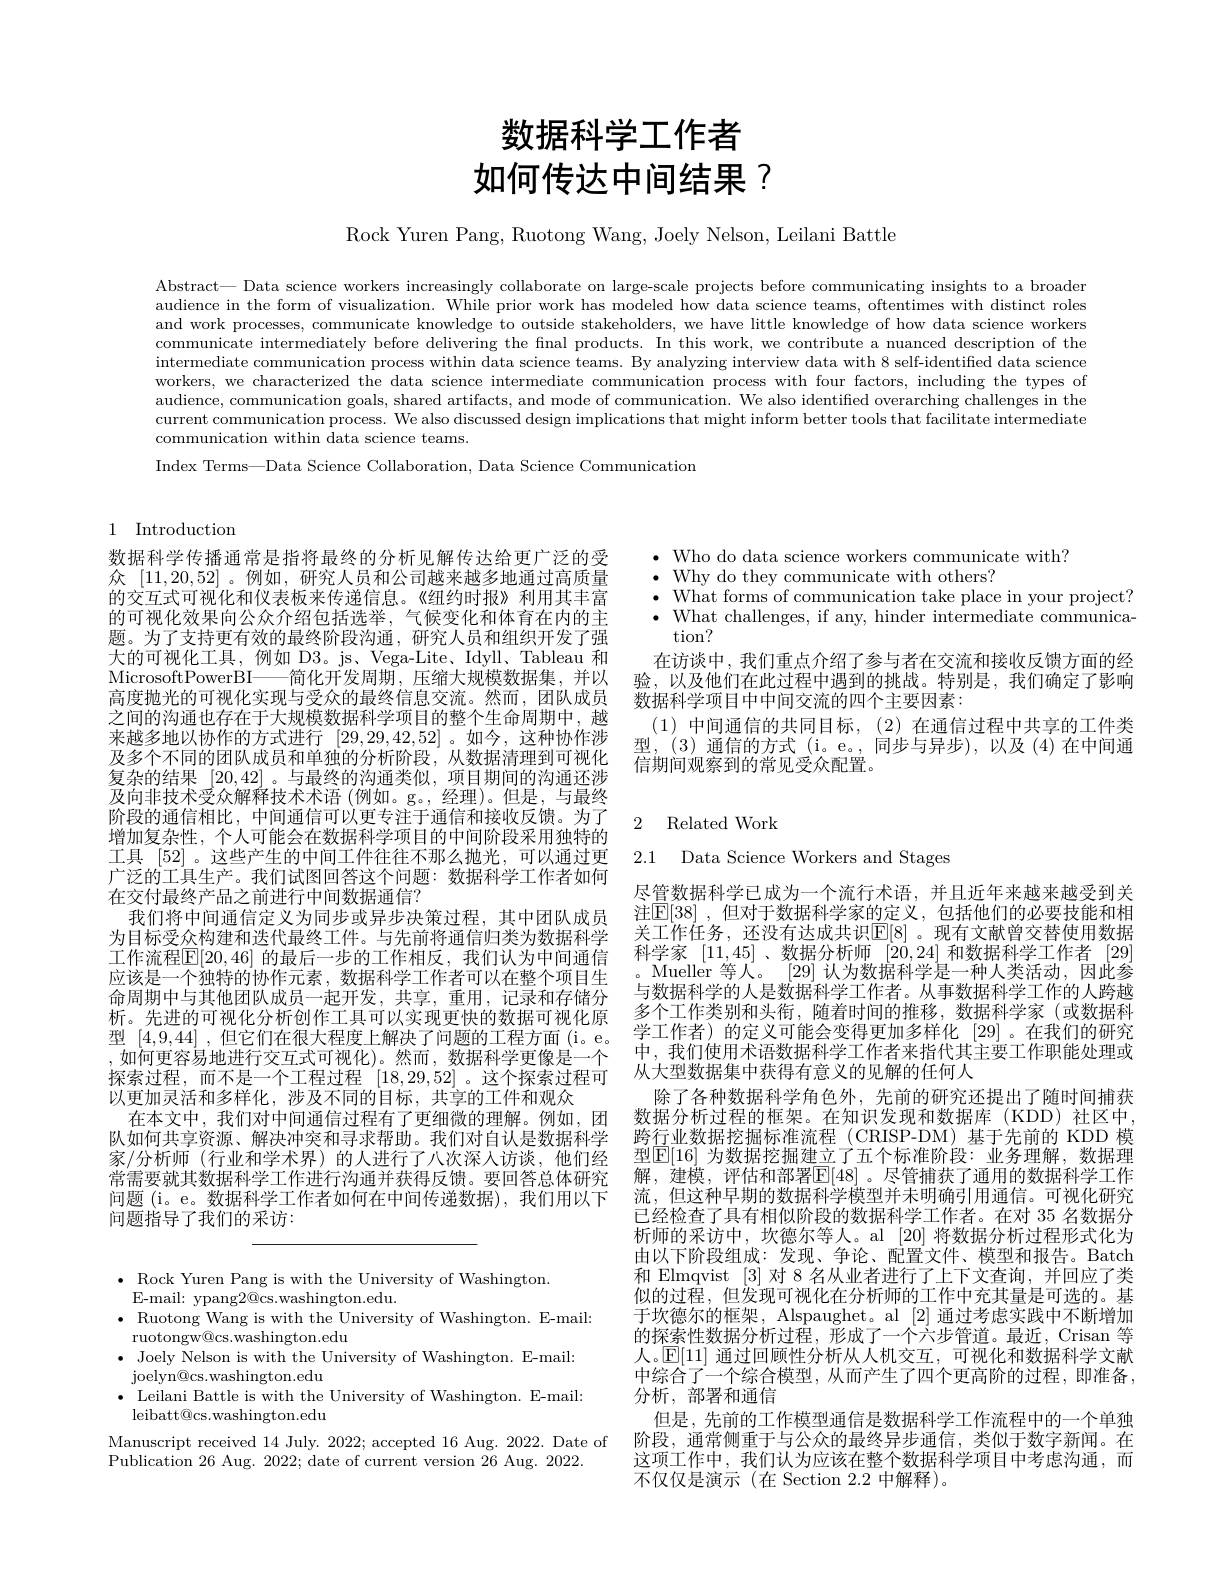
# 数据科学工作者如何传达中间结果？

Rock Yuren Pang, Ruotong Wang, Joely Nelson, Leilani Battle

Abstract— Data science workers increasingly collaborate on large-scale projects before communicating insights to a broader audience in the form of visualization. While prior work has modeled how data science teams, oftentimes with distinct roles and work processes, communicate knowledge to outside stakeholders, we have little knowledge of how data science workers communicate intermediately before delivering the final products. In this work, we contribute a nuanced description of the intermediate communication process within data science teams. By analyzing interview data with 8 self-identified data science workers, we characterized the data science intermediate communication process with four factors, including the types of audience, communication goals, shared artifacts, and mode of communication. We also identified overarching challenges in the current communication process. We also discussed design implications that might inform better tools that facilitate intermediate communication within data science teams.
Index Terms—Data Science Collaboration, Data Science Communication

$\bullet$ Rock Yuren Pang is with the University of Washington.
E-mail: ypang$2@$cs.washington.edu.
$\bullet$ Ruotong Wang is with the University of Washington. E-mail:
ruotongw@cs.washington.edu
$\bullet$ Joely Nelson is with the University of Washington. E-mail:
joelyn@cs.washington.edu
$\bullet$ Leilani Battle is with the University of Washington. E-mail:
leibatt@cs.washington.edu
Manuscript received 14 July. 2022; accepted 16 Aug. 2022. Date of
Publication 26 Aug. 2022; date of current version 26 Aug. 2022.

## 1 Introduction

数据科学传播通常是指将最终的分析见解传达给更广泛的受众[11,20,52] 。例如，研究人员和公司越来越多地通过高质量的交互式可视化和仪表板来传递信息。《纽约时报》利用其丰富的可视化效果向公众介绍包括选举，气候变化和体育在内的主题。为了支持更有效的最终阶段沟通，研究人员和组织开发了强大的可视化工具，例如 D3。js、Vega-Lite、Idyll、Tableau 和MicrosoftPowerBI——简化开发周期，压缩大规模数据集，并以高度抛光的可视化实现与受众的最终信息交流。然而，团队成员之间的沟通也存在于大规模数据科学项目的整个生命周期中，越来越多地以协作的方式进行[29,29,42,52] 。如今，这种协作涉及多个不同的团队成员和单独的分析阶段，从数据清理到可视化复杂的结果[20,42] 。与最终的沟通类似，项目期间的沟通还涉及向非技术受众解释技术术语 (例如。g。,经理)。但是，与最终阶段的通信相比，中间通信可以更专注于通信和接收反馈。为了增加复杂性，个人可能会在数据科学项目的中间阶段采用独特的工具[52] 。这些产生的中间工件往往不那么抛光，可以通过更广泛的工具生产。我们试图回答这个问题：数据科学工作者如何在交付最终产品之前进行中间数据通信？
我们将中间通信定义为同步或异步决策过程，其中团队成员为目标受众构建和迭代最终工件。与先前将通信归类为数据科学工作流程$\mathbb{E}[20,46]$ 的最后一步的工作相反，我们认为中间通信应该是一个独特的协作元素，数据科学工作者可以在整个项目生命周期中与其他团队成员一起开发，共享，重用，记录和存储分析。先进的可视化分析创作工具可以实现更快的数据可视化原型[4,9,44] ,但它们在很大程度上解决了问题的工程方面 (i。e。,如何更容易地进行交互式可视化)。然而，数据科学更像是一个探索过程，而不是一个工程过程[18,29,52]。这个探索过程可以更加灵活和多样化，涉及不同的目标，共享的工件和观众
在本文中，我们对中间通信过程有了更细微的理解。例如，团队如何共享资源、解决冲突和寻求帮助。我们对自认是数据科学家/分析师 (行业和学术界)的人进行了八次深入访谈，他们经常需要就其数据科学工作进行沟通并获得反馈。要回答总体研究问题 (i。e。数据科学工作者如何在中间传递数据),我们用以下问题指导了我们的采访：

$\cdot$ Who do data science workers communicate with?
$\bullet$ Why do they communicate with others?
$\bullet$ What forms of communication take place in your project? $\bullet$ What challenges, if any, hinder intermediate communica-
tion?
在访谈中，我们重点介绍了参与者在交流和接收反馈方面的经验，以及他们在此过程中遇到的挑战。特别是，我们确定了影响数据科学项目中中间交流的四个主要因素：
(1)中间通信的共同目标，(2)在通信过程中共享的工件类型，(3)通信的方式(i。e。,同步与异步),以及(4)在中间通信期间观察到的常见受众配置。

## 2 Related Work

2.1 Data Science Workers and Stages

尽管数据科学已成为一个流行术语，并且近年来越来越受到关注$\mathbb{E}[38]$ ,但对于数据科学家的定义，包括他们的必要技能和相关工作任务，还没有达成共识$\mathbb{E}[8]$ 。现有文献曾交替使用数据科学家[11,45] 、数据分析师[20,24]和数据科学工作者[29] Mueller 等人。[29]认为数据科学是一种人类活动，因此参与数据科学的人是数据科学工作者。从事数据科学工作的人跨越多个工作类别和头衔，随着时间的推移，数据科学家(或数据科学工作者)的定义可能会变得更加多样化 [29]。在我们的研究中，我们使用术语数据科学工作者来指代其主要工作职能处理或从大型数据集中获得有意义的见解的任何人
除了各种数据科学角色外，先前的研究还提出了随时间捕获数据分析过程的框架。在知识发现和数据库(KDD)社区中， 跨行业数据挖掘标准流程 (CRISP-DM)基于先前的 KDD 模型$\mathbb{E}[16]$ 为数据挖掘建立了五个标准阶段：业务理解，数据理解，建模，评估和部署$\overline{\mathbb{E}}[48]$。尽管捕获了通用的数据科学工作流，但这种早期的数据科学模型并未明确引用通信。可视化研究已经检查了具有相似阶段的数据科学工作者。在对 35 名数据分析师的采访中，坎德尔等人。al [20]将数据分析过程形式化为由以下阶段组成：发现、争论、配置文件、模型和报告。Batch 和 Elmqvist [3]对 8 名从业者进行了上下文查询，并回应了类似的过程，但发现可视化在分析师的工作中充其量是可选的。基于坎德尔的框架，Alspaughet。al [2]通过考虑实践中不断增加的探索性数据分析过程，形成了一个六步管道。最近，Crisan 等人。$\mathbb{E}[11]$通过回顾性分析从人机交互，可视化和数据科学文献中综合了一个综合模型，从而产生了四个更高阶的过程，即准备， 分析，部署和通信
但是，先前的工作模型通信是数据科学工作流程中的一个单独阶段，通常侧重于与公众的最终异步通信，类似于数字新闻。在这项工作中，我们认为应该在整个数据科学项目中考虑沟通，而不仅仅是演示(在 Section 2.2 中解释)。